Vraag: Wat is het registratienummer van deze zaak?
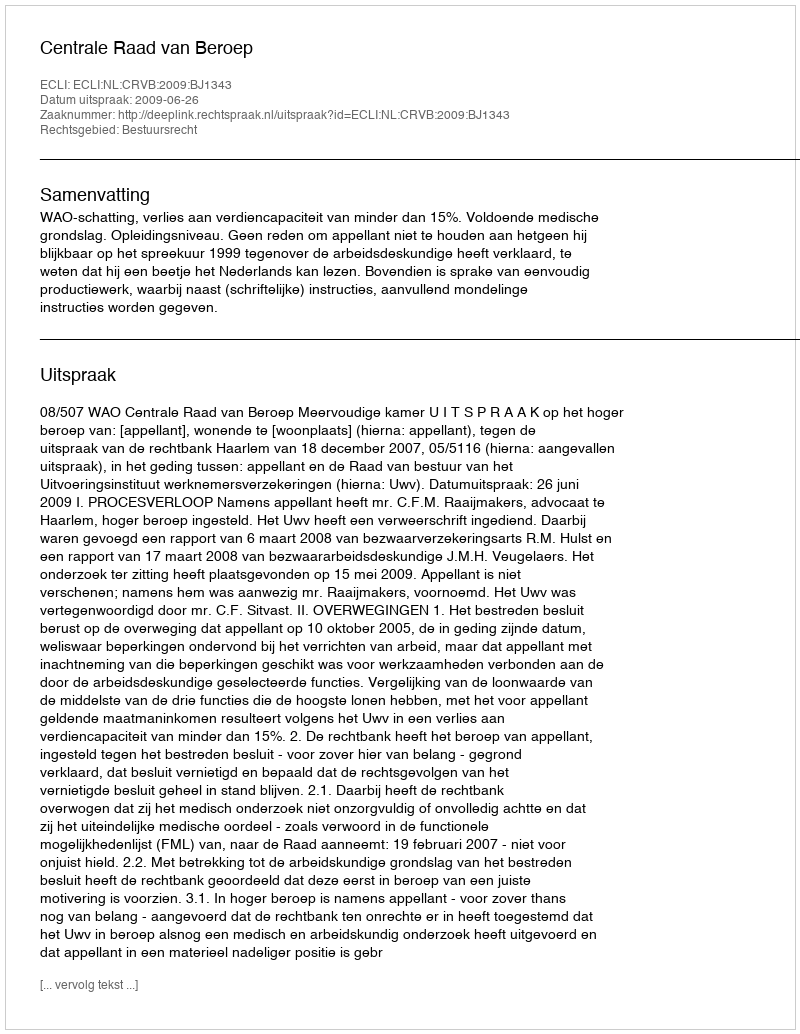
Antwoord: http://deeplink.rechtspraak.nl/uitspraak?id=ECLI:NL:CRVB:2009:BJ1343